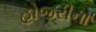
હોજરીના